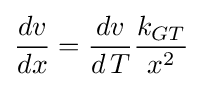
{\frac {dv}{dx}}={\frac {dv}{d\,T}}{\frac {k_{GT}}{x^{2}}}